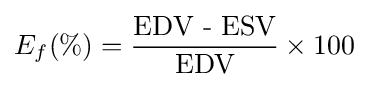
E_{f}(\%)={\frac {\text{EDV - ESV}}{\text{EDV}}}\times 100